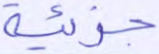
جزئية